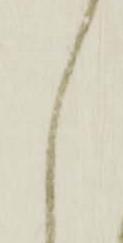
し